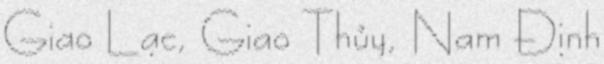
Giao Lạc, Giao Thủy, Nam Định